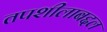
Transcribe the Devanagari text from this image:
तपशीलाबद्दल